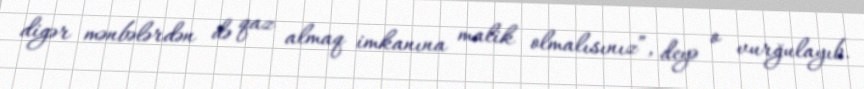
digər mənbələrdən də qaz almaq imkanına malik olmalısınız”, deyə o vurğulayıb.